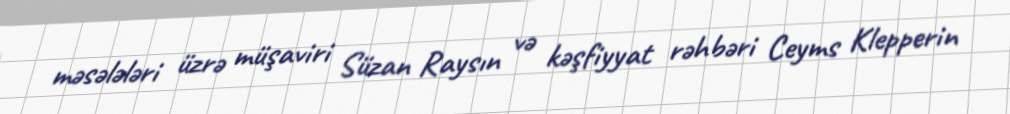
məsələləri üzrə müşaviri Süzan Raysın və kəşfiyyat rəhbəri Ceyms Klepperin